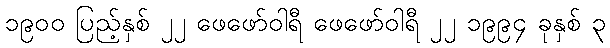
၁၉၀၀ ပြည့်နှစ် ၂၂ ဖေဖော်ဝါရီ ဖေဖော်ဝါရီ ၂၂ ၁၉၉၄ ခုနှစ် ၃